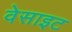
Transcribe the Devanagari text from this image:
वेसाइट